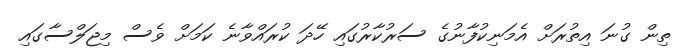
ތިން ގުނަ އިތުރަށް އެމަނިކުފާނުގެ ސަރުކާރުގައި ހޭދަ ކުރައްވާނެ ކަމަށް ވެސް މިޖަލްސާގައި